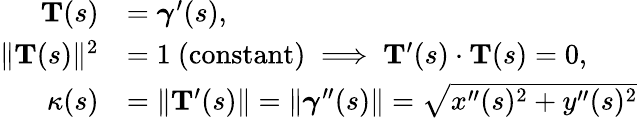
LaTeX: {\begin{array}{rl}{\mathbf{T}(s)}&{={\boldsymbol{\gamma}}^{\prime}(s),}\\ {\| \mathbf{T}(s)\| ^{2}}&{=1\ {\mathrm{(constant)}}\implies\mathbf{T}^{\prime}(s)\cdot\mathbf{T}(s)=0,}\\ {\kappa(s)}&{=\| \mathbf{T}^{\prime}(s)\| =\| {\boldsymbol{\gamma}}^{\prime\prime}(s)\| ={\sqrt{x^{\prime\prime}(s)^{2}+y^{\prime\prime}(s)^{2}}}}\end{array}}